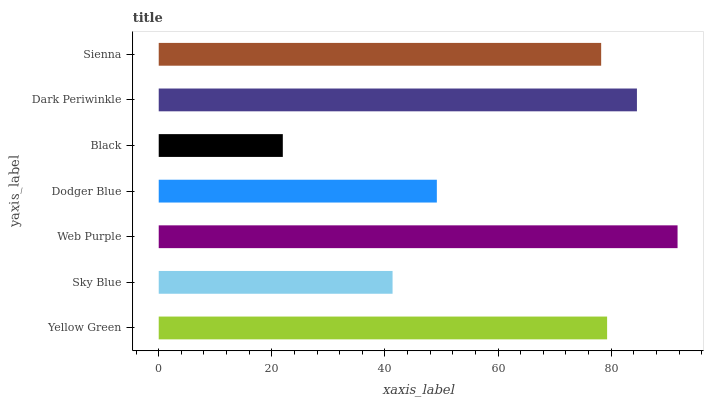
| yaxis_label | bars |
 | --- | --- |
 | Yellow Green | 79.3 |
 | Sky Blue | 41.3 |
 | Web Purple | 91.7 |
 | Dodger Blue | 49.2 |
 | Black | 21.9 |
 | Dark Periwinkle | 84.6 |
 | Sienna | 78.2 |